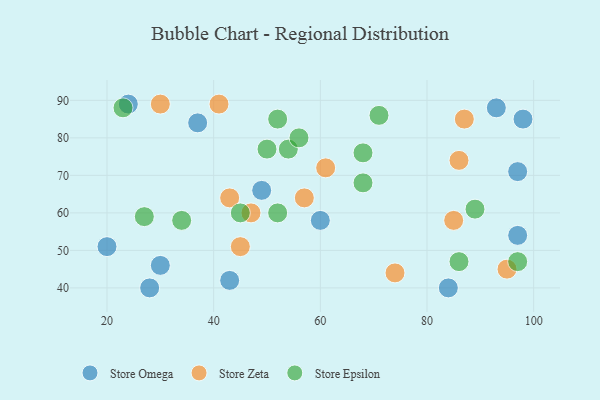
{"axis": {"x": "GDP", "y": "Life Expectancy"}, "legend": ["Store Epsilon", "Store Omega", "Store Zeta"], "data": [{"x": "43", "y": 42, "type": "Store Omega"}, {"x": "98", "y": 85, "type": "Store Omega"}, {"x": "24", "y": 89, "type": "Store Omega"}, {"x": "97", "y": 71, "type": "Store Omega"}, {"x": "97", "y": 54, "type": "Store Omega"}, {"x": "60", "y": 58, "type": "Store Omega"}, {"x": "93", "y": 88, "type": "Store Omega"}, {"x": "20", "y": 51, "type": "Store Omega"}, {"x": "30", "y": 46, "type": "Store Omega"}, {"x": "84", "y": 40, "type": "Store Omega"}, {"x": "49", "y": 66, "type": "Store Omega"}, {"x": "28", "y": 40, "type": "Store Omega"}, {"x": "37", "y": 84, "type": "Store Omega"}, {"x": "47", "y": 60, "type": "Store Zeta"}, {"x": "30", "y": 89, "type": "Store Zeta"}, {"x": "61", "y": 72, "type": "Store Zeta"}, {"x": "45", "y": 51, "type": "Store Zeta"}, {"x": "43", "y": 64, "type": "Store Zeta"}, {"x": "87", "y": 85, "type": "Store Zeta"}, {"x": "41", "y": 89, "type": "Store Zeta"}, {"x": "57", "y": 64, "type": "Store Zeta"}, {"x": "85", "y": 58, "type": "Store Zeta"}, {"x": "74", "y": 44, "type": "Store Zeta"}, {"x": "95", "y": 45, "type": "Store Zeta"}, {"x": "86", "y": 74, "type": "Store Zeta"}, {"x": "89", "y": 61, "type": "Store Epsilon"}, {"x": "34", "y": 58, "type": "Store Epsilon"}, {"x": "86", "y": 47, "type": "Store Epsilon"}, {"x": "71", "y": 86, "type": "Store Epsilon"}, {"x": "50", "y": 77, "type": "Store Epsilon"}, {"x": "27", "y": 59, "type": "Store Epsilon"}, {"x": "52", "y": 85, "type": "Store Epsilon"}, {"x": "97", "y": 47, "type": "Store Epsilon"}, {"x": "54", "y": 77, "type": "Store Epsilon"}, {"x": "56", "y": 80, "type": "Store Epsilon"}, {"x": "45", "y": 60, "type": "Store Epsilon"}, {"x": "68", "y": 76, "type": "Store Epsilon"}, {"x": "23", "y": 88, "type": "Store Epsilon"}, {"x": "68", "y": 68, "type": "Store Epsilon"}, {"x": "52", "y": 60, "type": "Store Epsilon"}]}